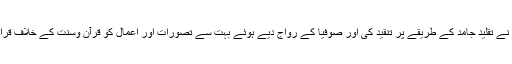
انھوں نے تقلید جامد کے طریقے پر تنقید کی اور صوفیا کے رواج دیے ہوئے بہت سے تصورات اور اعمال کو قرآن وسنت کے خلاف قرار دیا۔